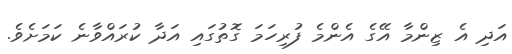
އަދި އެ ޒިންމާ އޭގެ އެންމެ ފުރިހަމަ ގޮތުގައި އަދާ ކުރައްވާނެ ކަމަށެވެ.